Vaccination in the Punjab 1867-1880 - 1867-1880
Year: 1867
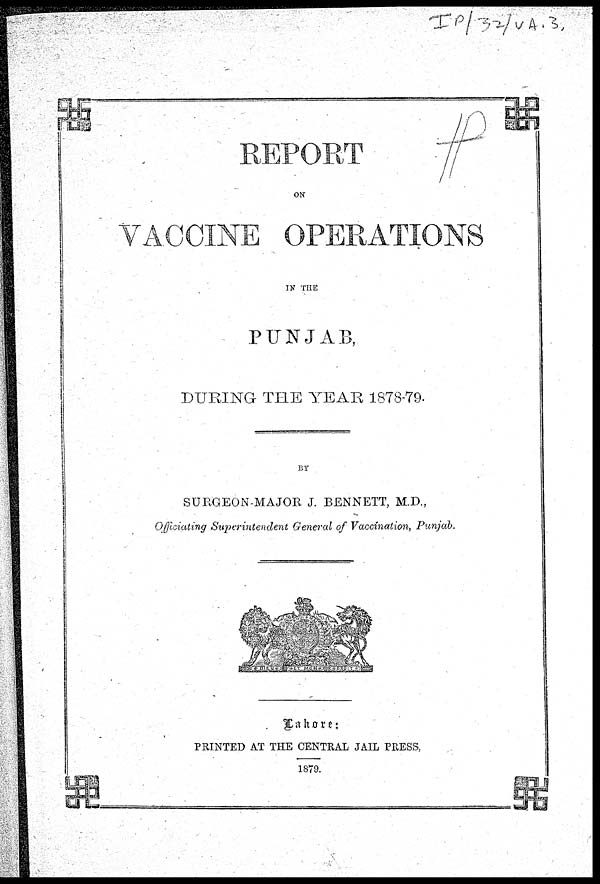
REPORT
ON
VACCINE OPERATIONS
IN THE
PUNJAB,
DURING THE YEAR 1878-79.
BY
SURGEON-MAJOR J. BENNETT, M.D.,
Officiating Superintendent General of Vaccination, Punjab.
Lahore:
PRINTED AT THE CENTRAL JAIL PRESS,
1879.